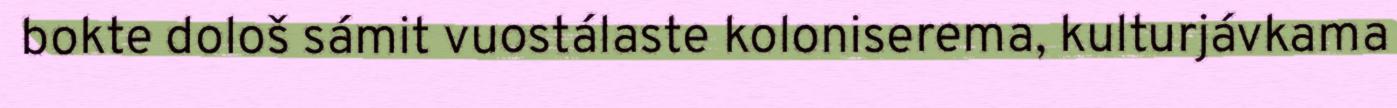
bokte dološ sámit vuostálaste koloniserema, kulturjávkama